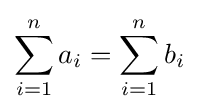
\sum _{i=1}^{n}a_{i}=\sum _{i=1}^{n}b_{i}